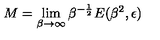
M = \lim _ { \beta \rightarrow \infty } \beta ^ { - { \frac { 1 } { 2 } } } E ( \beta ^ { 2 } , \epsilon )